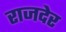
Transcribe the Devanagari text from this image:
राजदेर